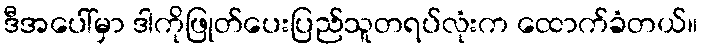
ဒီအပေါ်မှာ ဒါကိုဖြုတ်ပေးပြည်သူတရပ်လုံးက ထောက်ခံတယ်။